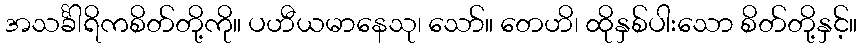
အသင်္ခါရိကစိတ်တို့ကို။ ပဟီယမာနေသု၊ သော်။ တေဟိ၊ ထိုနှစ်ပါးသော စိတ်တို့နှင့်။